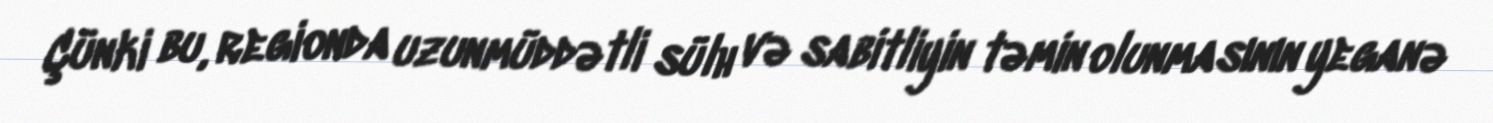
Çünki bu, regionda uzunmüddətli sülh və sabitliyin təmin olunmasının yeganə